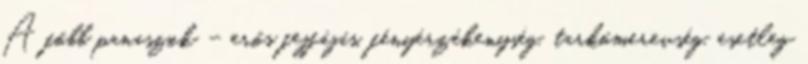
A főbb panaszok – erős fejfájás, fényérzékenység, tarkómerevség, esetleg